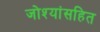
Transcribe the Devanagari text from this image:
जोश्यांसहित